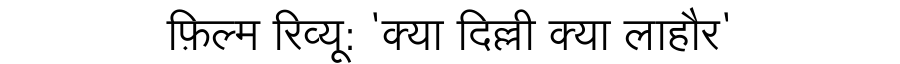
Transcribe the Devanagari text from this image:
फ़िल्म रिव्यू: 'क्या दिल्ली क्या लाहौर'